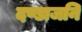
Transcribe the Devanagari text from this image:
दण्डाजनि